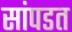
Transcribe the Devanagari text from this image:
सांपडत